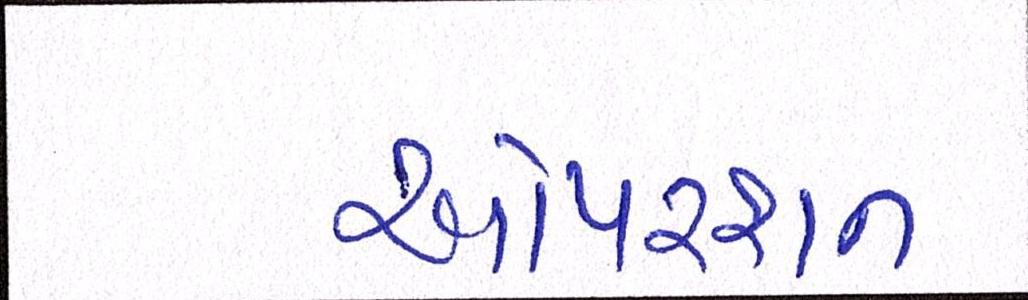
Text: ઓપરશન